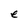
Character: e